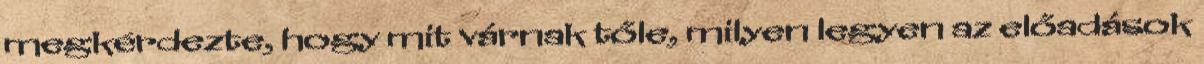
megkérdezte, hogy mit várnak tőle, milyen legyen az előadások